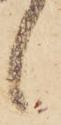
候